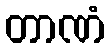
တာဏံ